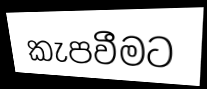
කැපවීමට